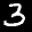
Label: 3